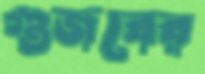
গুজবের